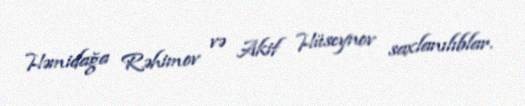
Həmidağa Rəhimov və Akif Hüseynov saxlanılıblar.